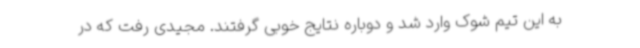
به این تیم شوک وارد شد و دوباره نتایج خوبی گرفتند. مجیدی رفت که در